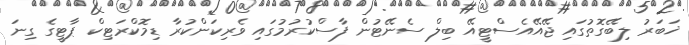
ޚަބަރު ލިބޭގޮތުގައި ޖޭއޭއެސްޓީއޭ ބިލް ސެނޭޓުން ފާސްކުރުމުގައި ވެރިކަންކުރާ ޑިމޮކްރަޓިކް ޕާޓީގެ ގިނަ